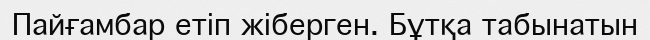
Пайғамбар етіп жіберген. Бұтқа табынатын